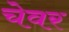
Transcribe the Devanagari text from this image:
चेवर